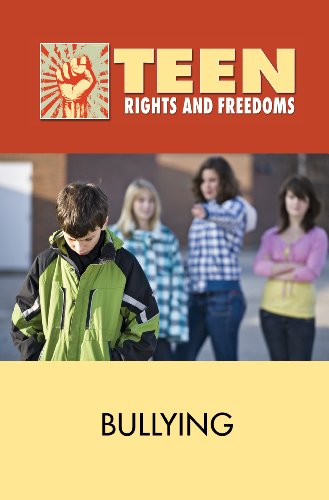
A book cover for Bullying (Teen Rights and Freedoms); David M. Haugen; Teen & Young Adult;